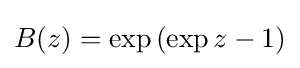
B(z)=\exp \left(\exp z-1\right)